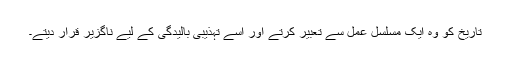
تاریخ کو وہ ایک مسلسل عمل سے تعبیر کرتے اور اسے تہذیبی بالیدگی کے لیے ناگزیر قرار دیتے۔